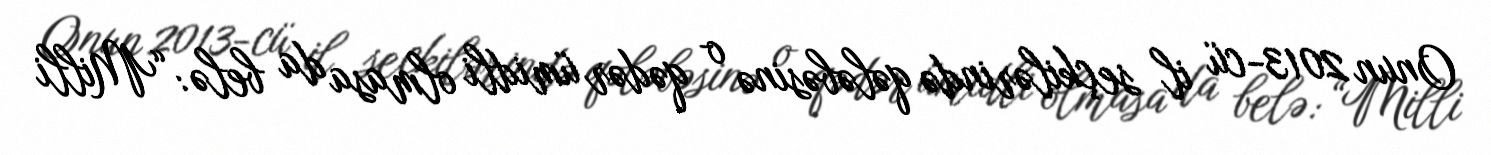
Onun 2013-cü il seçkilərində qələbəsinə o qədər ümidli olmasa da belə: “Milli